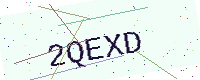
Text: 2QEXD